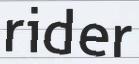
rider